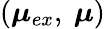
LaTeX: \left(\boldsymbol{\mu}_{ex},~\boldsymbol{\mu}\right)